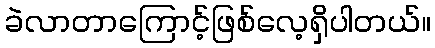
ခဲလာတာကြောင့်ဖြစ်လေ့ရှိပါတယ်။